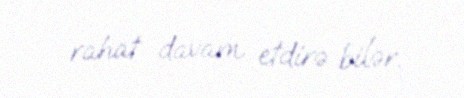
rahat davam etdirə bilər.